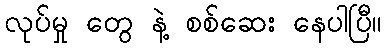
လုပ်မှု တွေ နဲ့ စစ်ဆေး နေပါပြီ။